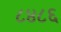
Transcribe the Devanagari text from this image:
८४८६